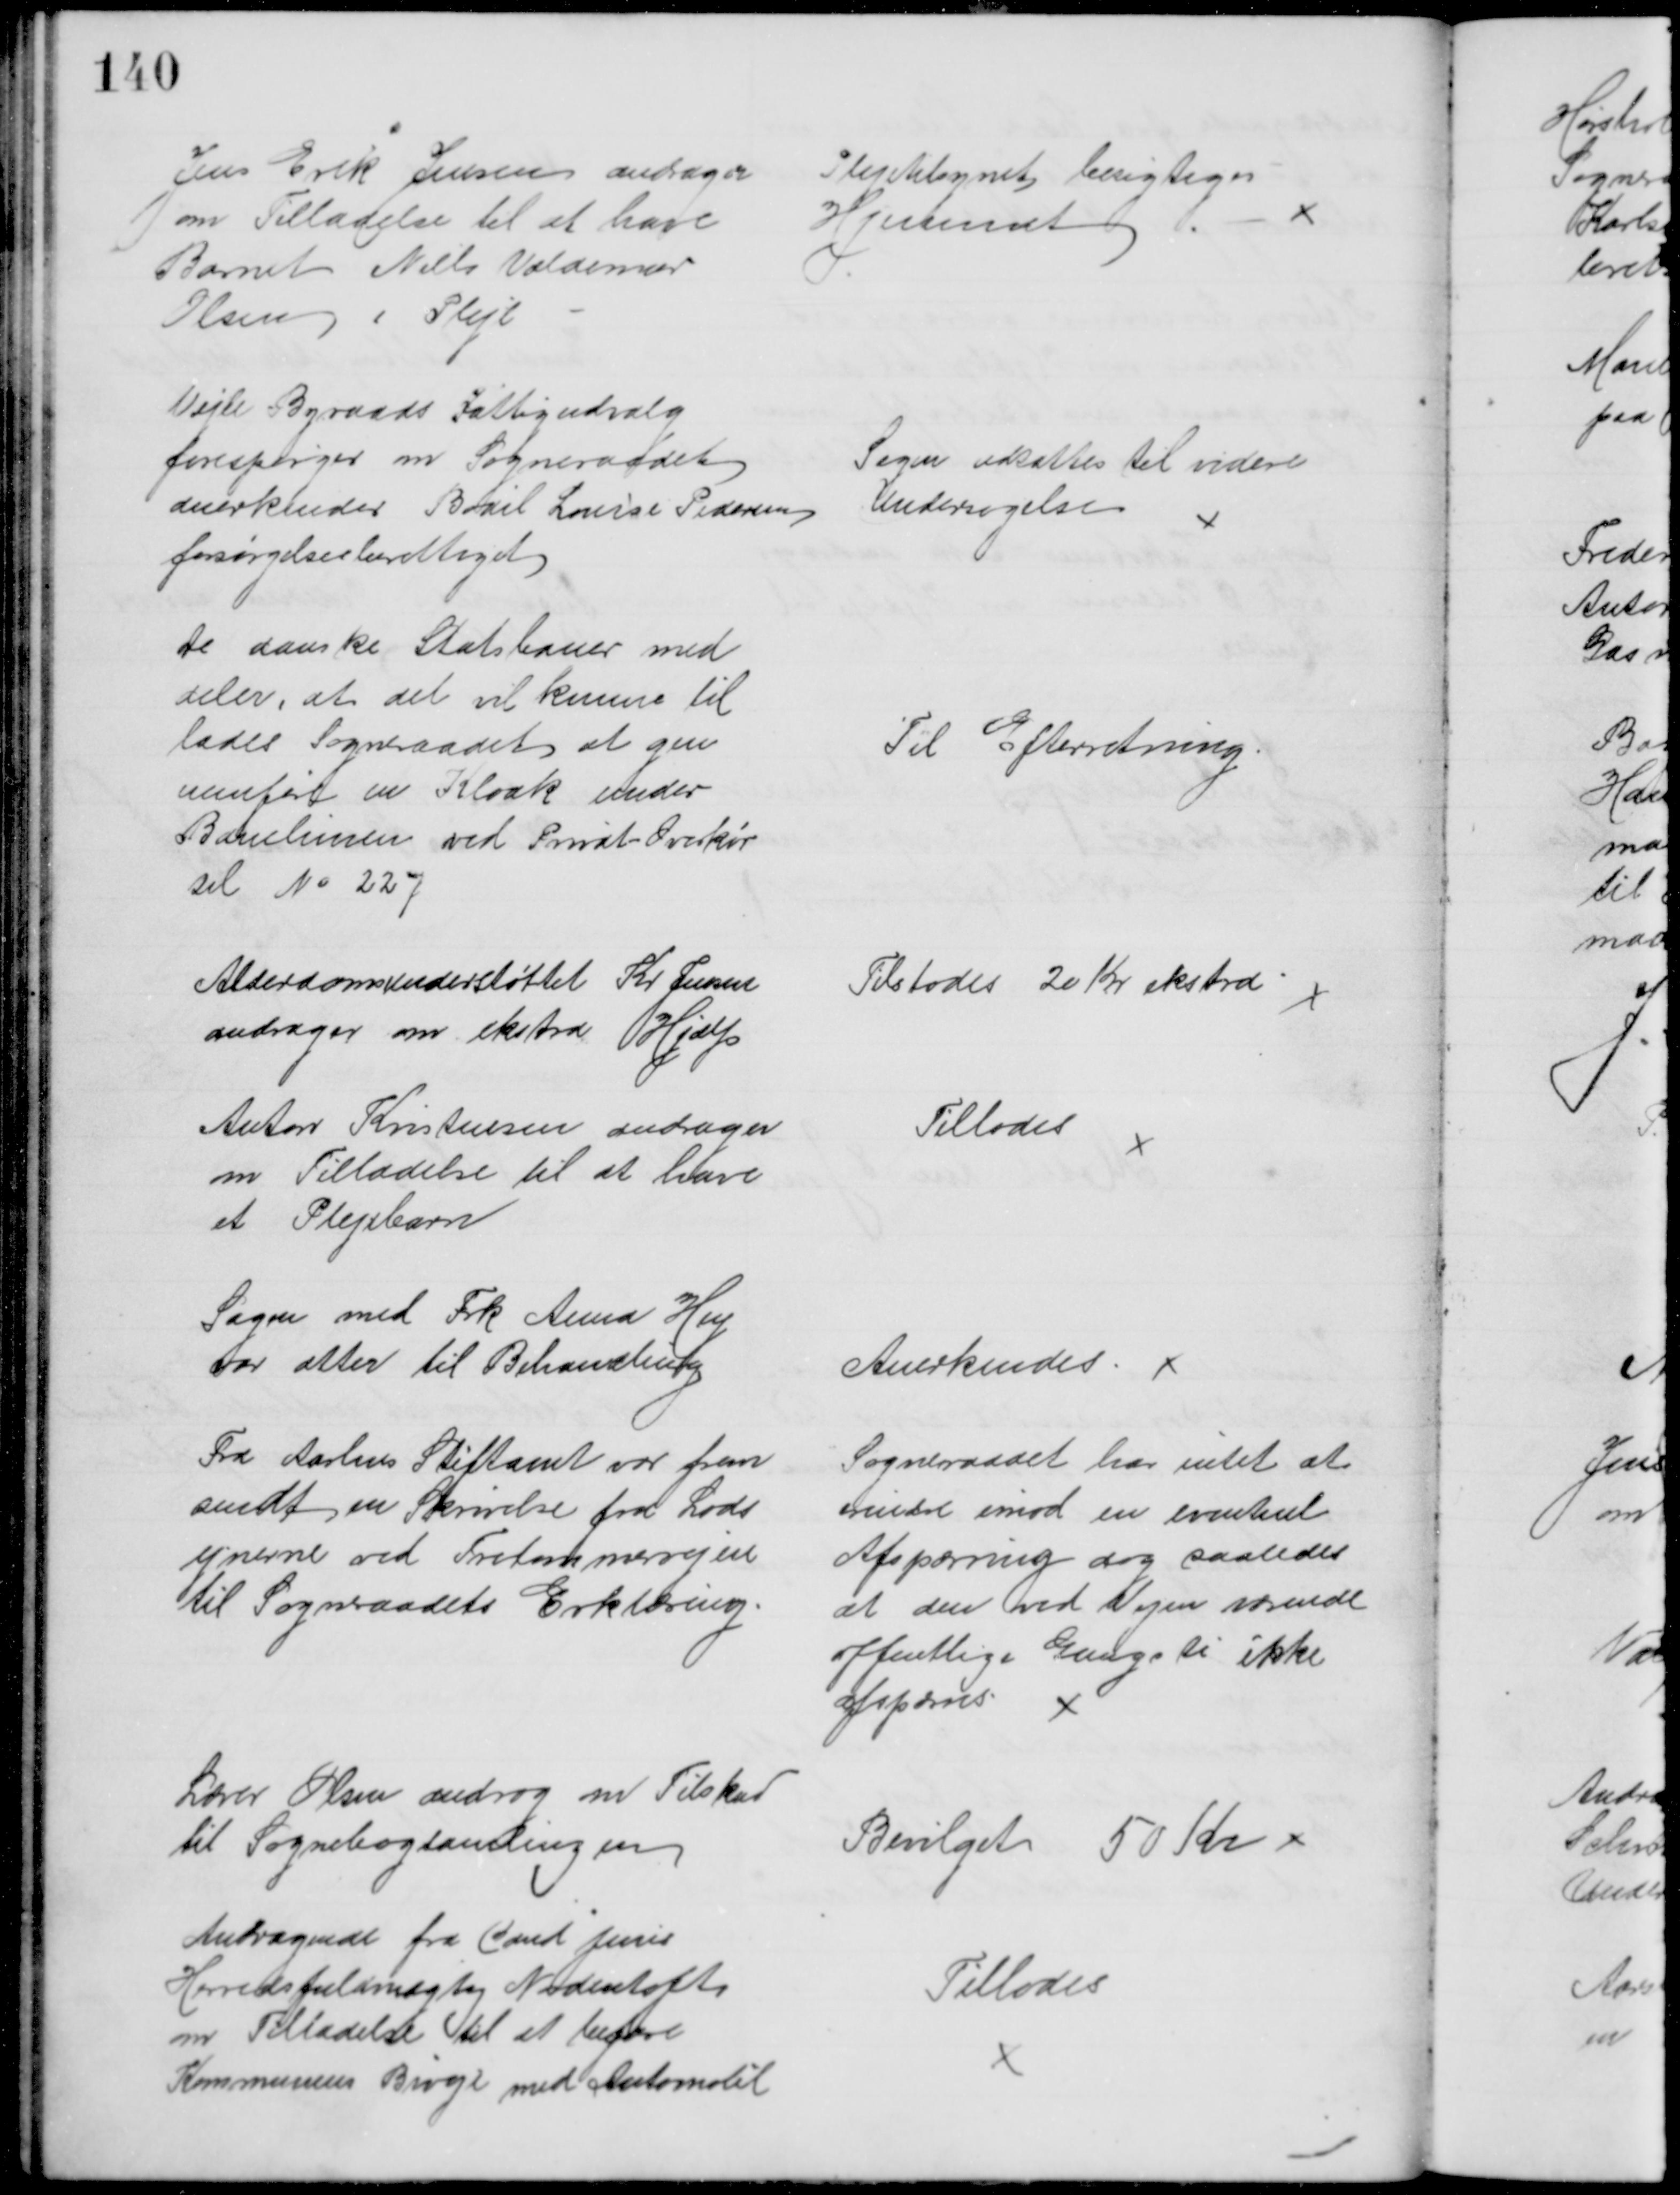
Transskription:
Jens Erik Jensen andrager
om Tilladelse til at have
Barnet Niels Valdemar
Olsen i Pleje
Plejetilsynet besigtiger 
Hjemmet
Vejle Byraads Fattigudvalg
forespørger om Sogneraadet
anerkender Bodil Louise Pedersen
forsørgelsesberettiget
Sagen udsattes til videre
Undersøgelse
De danske Statsbaner med
deler, at det vil kunne til
lades Sogneraadet at gen
nemføre en Kloak under
Banelinien ved Privat Overkør
sel № 227
Til Efterretning
Alderdomsunderstøttet Kr Jensen
andrager om ekstra Hjælp
Tilstodes 20 Kr ekstra
Anton Kristensen andrager
om Tilladelse til at have
et Plejebarn
Tillodes 
Sagen med Frk Anna Hey
var atter til Behandling
Anerkendes 
Fra Aarhus Stiftamt var frem
sendt en Skrivelse fra Lods
ejnerne ved Tretommervejen
til Sogneraadets Erklæring.
Sogneraadet har intet at
erindre imod en eventuel
Afspærring dog saaledes 
at den ved Vejen værende
offentlige Gangsti ikke
afspærres 
Lærer Olsen androg om Tilskud
til Sognebogsamlingen
Bevilget 50 Kr 
Andragende fra Cand Juris
Herredsfuldmægtig Nordentoft
om Tilladelse til at befare
Kommunens Biveje med Automobil
Tillodes